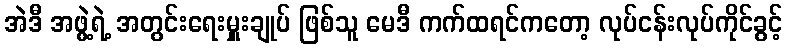
အဲဒီ အဖွဲ့ရဲ့ အတွင်းရေးမှူးချုပ် ဖြစ်သူ မေဒီ ကက်ထရင်ကတော့ လုပ်ငန်းလုပ်ကိုင်ခွင့်